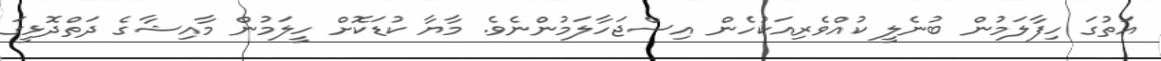
އަތުގަ ހިފާލަމުން ބުނެލީ ކުއްވެރިއަކުހެން އިސްޖަހާލަމުންނެވެ. މާޔާ ކުޑަކޮށް ހީލަމުން މާއިޝާގެ ދަތްދޮޅީގަ